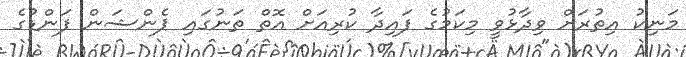
މަނިކު އިތުރަށް ވިދާޅުވީ މިކަމުގެ ފައިދާ ކުރިއަށް އޮތް ތަނުގައި ޕެންޝަން ފަންޑުގެ